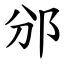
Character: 邠